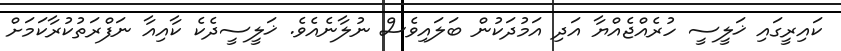
ކައިރީގައި ޚަލީސީ ހުރެއްޖެއްޔާ އަދި އަމުދަކުން ބަލައިވެސް ނުލާނެއެވެ. ޚަލީސީދެކެ ކާއިއާ ނަފްރަތުކުރާކަމަށް